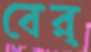
বের্